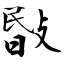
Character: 敯